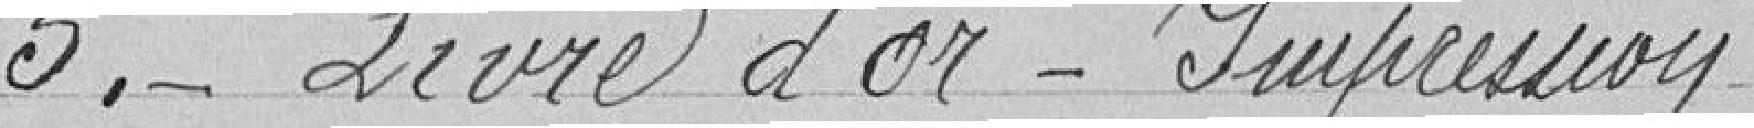
5. - Livre d'or - Impression